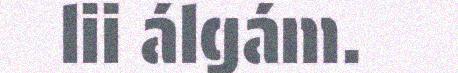
lii álgám.